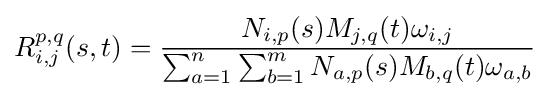
R_{i,j}^{p,q}(s,t)={\frac {N_{i,p}(s)M_{j,q}(t)\omega _{i,j}}{\sum _{a=1}^{n}\sum _{b=1}^{m}N_{a,p}(s)M_{b,q}(t)\omega _{a,b}}}